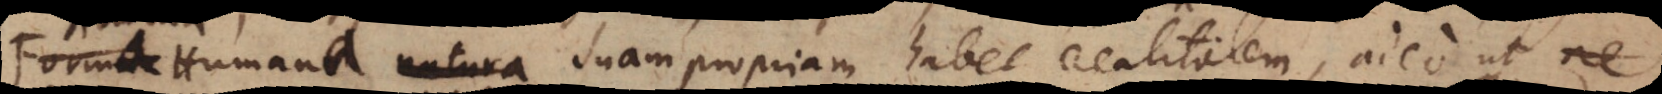
Forma Humana suam propriam habet realitatem, adeo ut ne